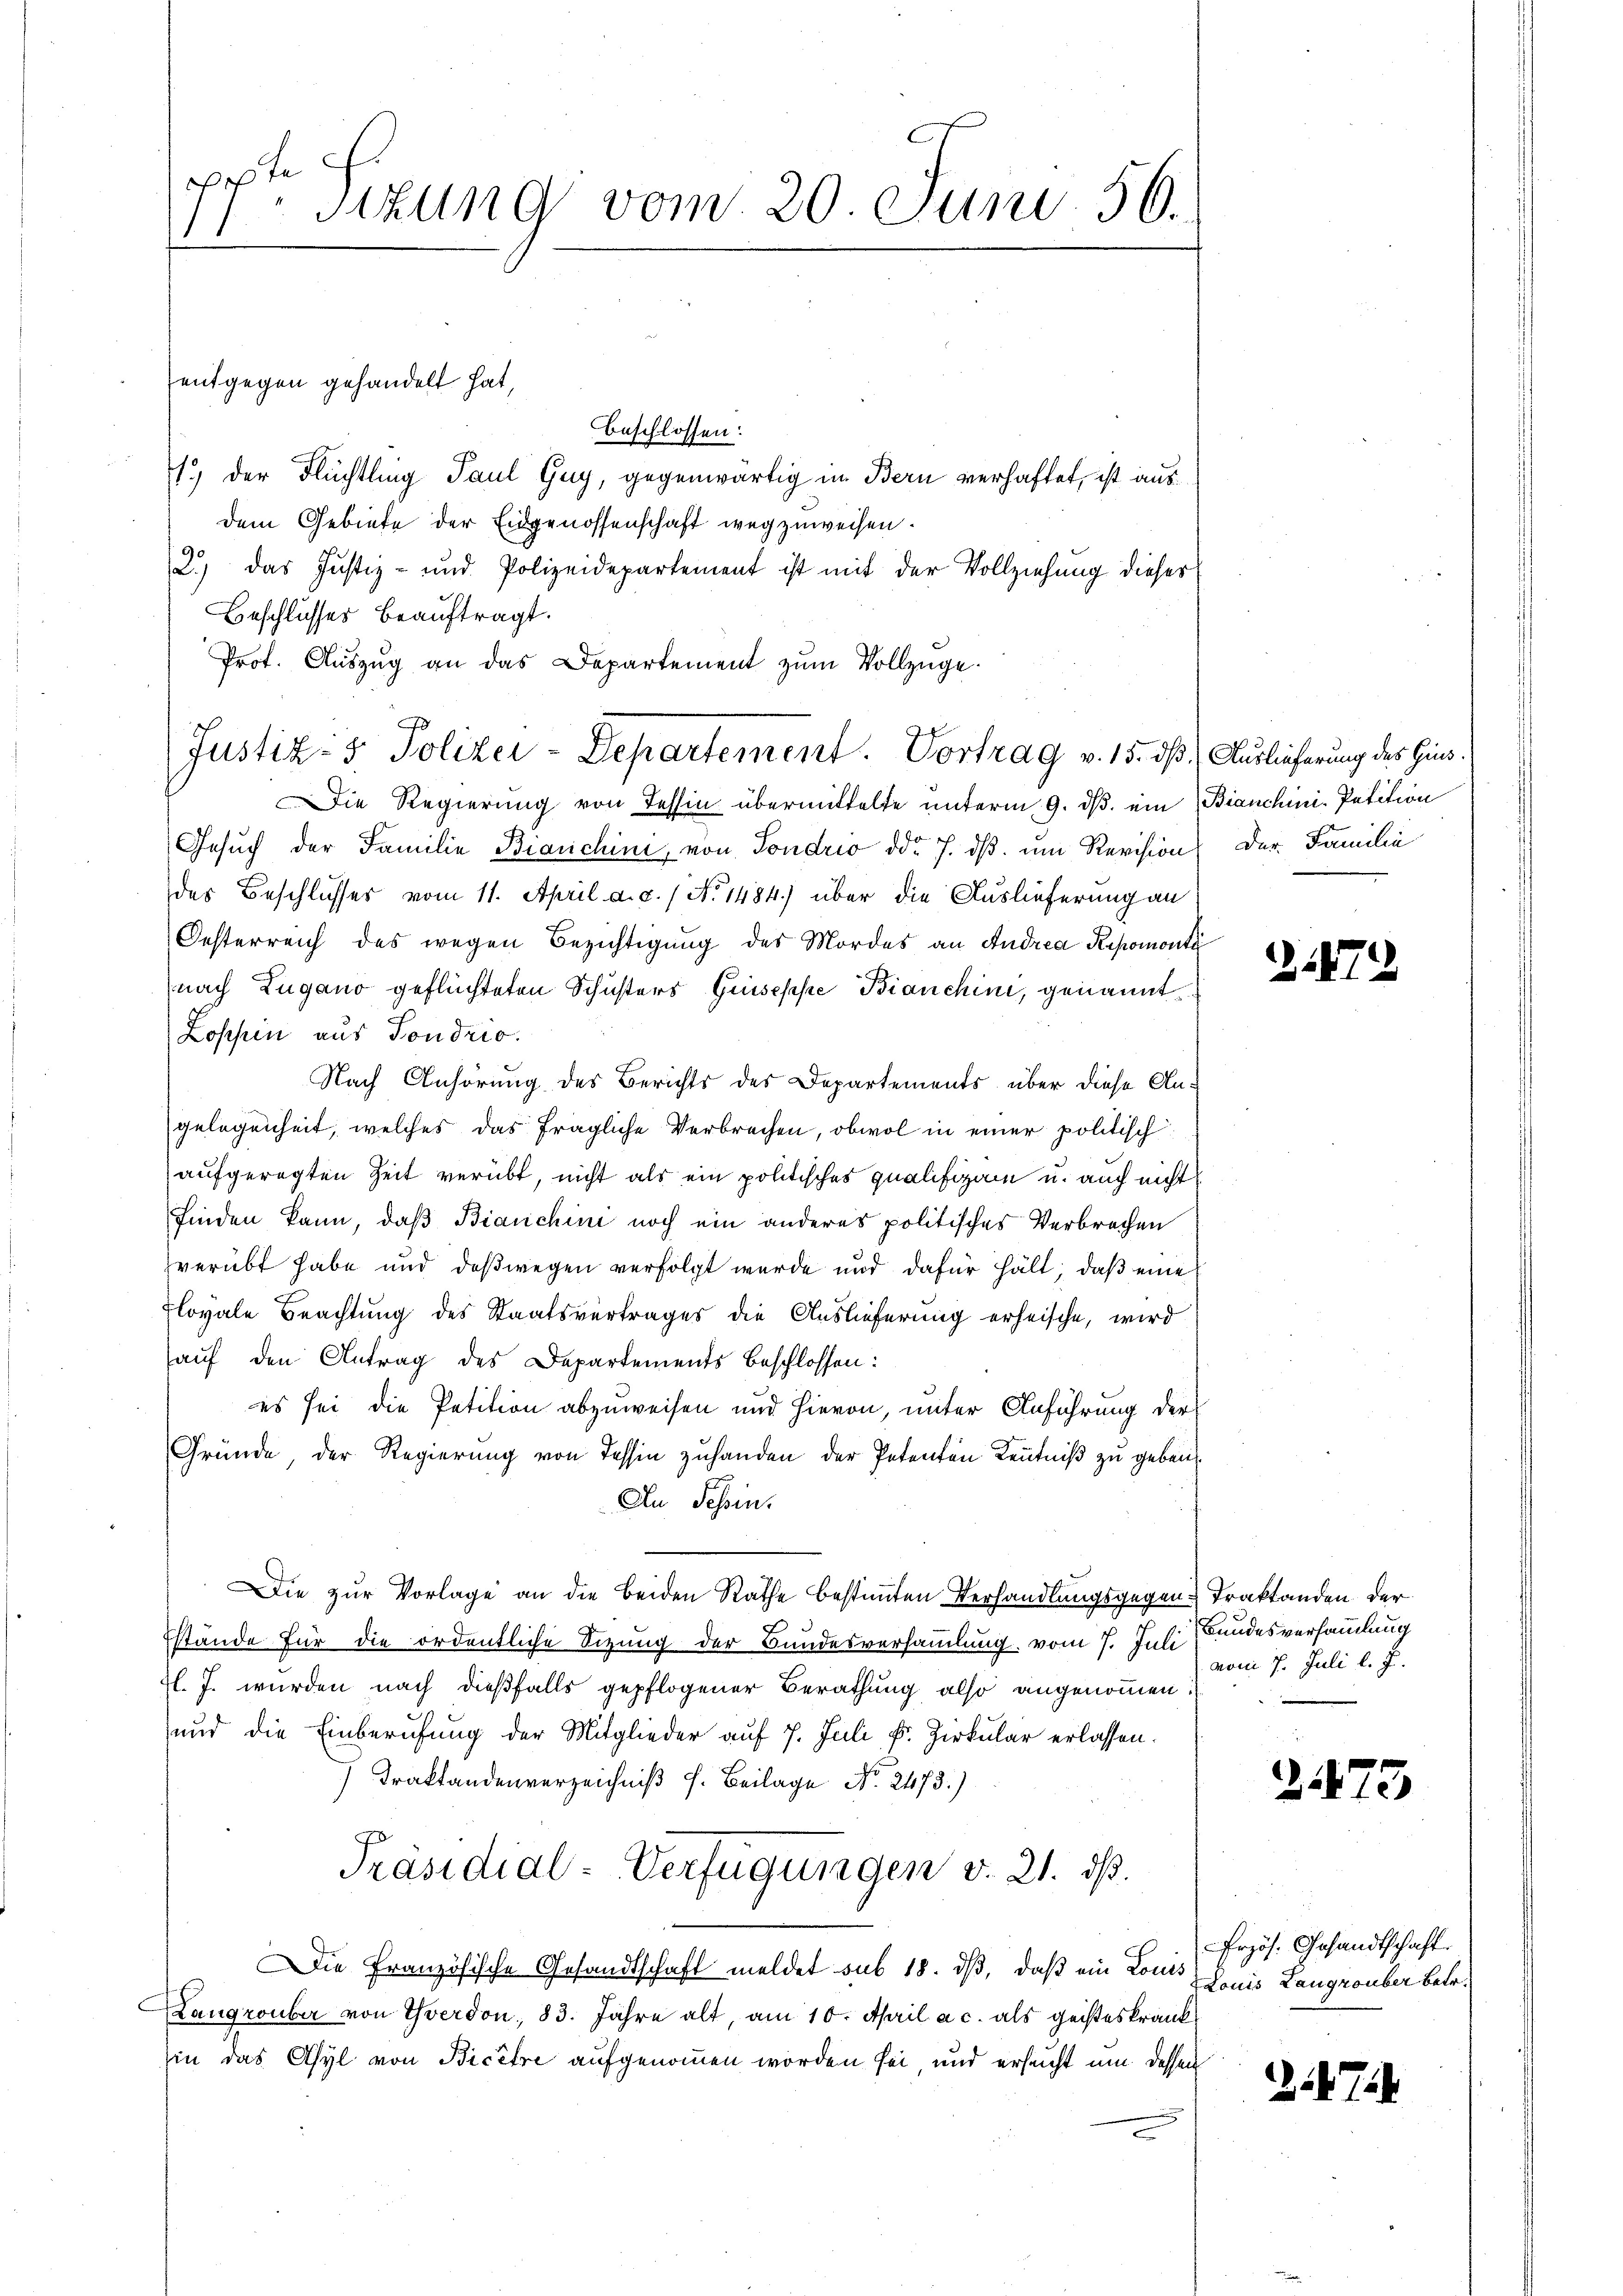
ppte
sizung vom 20. Juni 56.

entgegen gehandelt hat,

beschlossen:
1.) der Flüchtling Paul Guy, gegenwärtig in Bern verhaftet, ist aus
dem Gebiete der Eidgenossenschaft wegzuweisen.
2.) das Justiz- und Polizeidepartement ist mit der Vollziehung dieses
Beschlusses beauftragt.
Prot. Aŭszŭg an das Departement zum Vollzüge.
Die Regierung von Tessin übermittelte unterm 9. ds. ein Bianchini-Petition
Gesŭch der Familie Bianchini, von Sondrio ddo 7. dβ. um Revision der Familie
des Beschlusses vom 11. April a. c. 1 No 1484) über die Auslieferung an
Oesterreich des wegen Bezichtigung des Mordes an Andrea Repomonta
nach Zugano geflüchteten Schusters Griseppe Bianchini, genannt
Loshin aus Sondrio.
Nach Anhörung des Berichts des Departements über diese Angelegenheit, welches das fragliche Verbrechen, obwol in einer politisch
aufgeregten Zeit verübt, nicht als ein politisches qualifizam u. auch nicht
finden kann, daß Bianchini noch ein anderes politisches Verbrechen
verübt habe und deßwegen verfolgt wurde und dafür hält, daß eine
Floyale Beachtung des Staatsvertrages die Auslieferung erheische, wird
auf den Antrag des Departements beschlossen:
es sei die Petition abzuweisen und hievon, unter Anführung der
Gründe, der Regierung von Tessin zuhanden der Petenten Kenntniß zu geben.
An Schein.
Die zur Vorlage an die beiden Rathe bestimmten Verhandlungsgegen-Traktanden der
Estände für die ordentliche Sizung der Bundesversammlung vom 7. Juli Kundesversammlung
fl. J. wurden nach dießfalls gepflogener Berathung also angenommen.
und die Einberufung der Mitglieder auf 7. Juli, F. Zirkular erlassen.
Traktandenverzeichniß f. Beilage No. 2473.)
Präsidial-Verfügungen v. 21. dß.
Die Französische Gesandtschaft meldet sub 18. ds, daß ein Kons puis Langronber betr.
Langrouber von Yverdon, 83. Jahre alt, am 10. April a. c. als geisteskrankin das Asyl von Bicere aufgenommen worden sei und ersucht um dessen

Justiz- & Polizei-Departement. Vortrag v. 15. dß. (Auslieferung des Gins.

1872

vom 7. Juli l. J.

2

3

Frzös. Gesandtschaft.

217